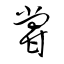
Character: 甞